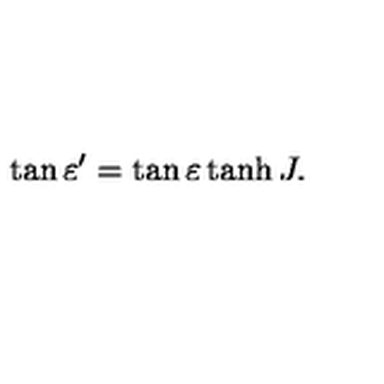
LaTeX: \tan \varepsilon ^ { \prime } = \tan \varepsilon \tanh J .